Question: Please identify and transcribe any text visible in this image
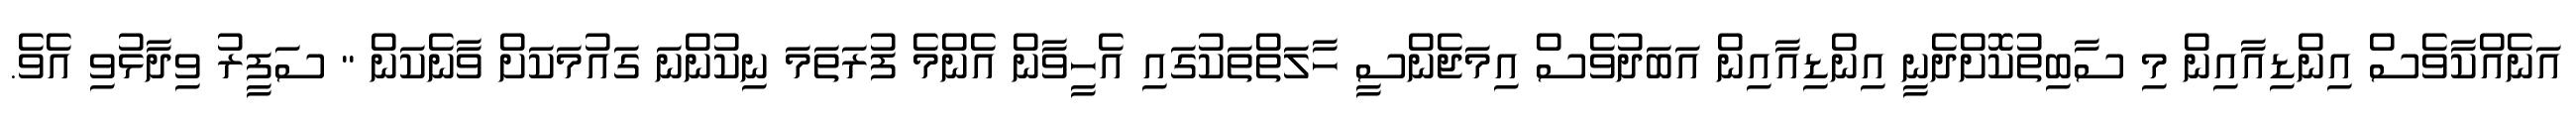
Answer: އަނެއްކާވެސް އިންޑިއާއިން މި ސާބިތުކޮށްދެނީ އިންޑިއާއިން އަބަދުވެސް އިމަޖެންސީ ހާލަތްތަކުގައި އެހީވާން އެންމެ ފުރަތަމަ ނިކުންނަ ގައުމަކަށް ވާނެކަން " ސަފީރު ވިދާޅުވި އެވެ.